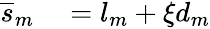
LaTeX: \begin{array}{rl}{\overline{{s}}_{m}}&{{}=l_{m}+\xi d_{m}}\end{array}